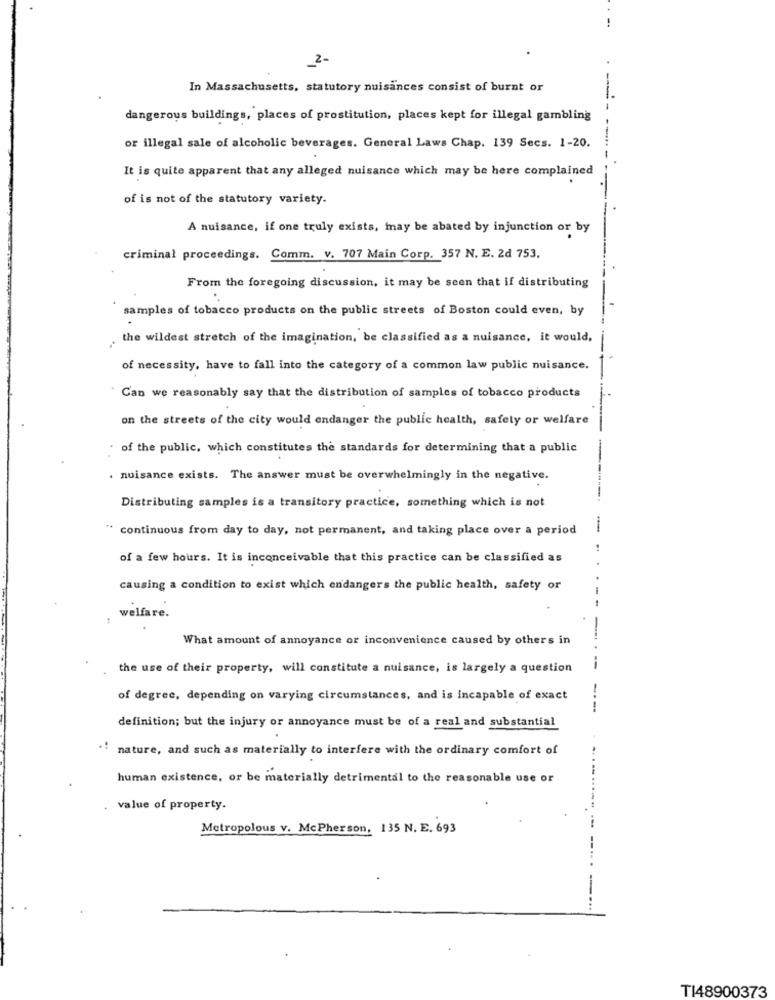
2-
In Massachusetts, statutory nuisances consist of burnt or
dangerous buildings, places of prostitution, places kept for illegal gambling
or illegal sale of alcoholic beverages. General Laws Chap. 139 Secs. 1-20.
---
It is quite apparent that any alleged nuisance which may be here complained
of is not of the statutory variety.
A nuisance, if one truly exists, may be abated by injunction or by
criminal proceedings. Comm. v. 707 Main Corp. 357 N. E. 2d 753.
From the foregoing discussion, it may be seen that if distributing
samples of tobacco products on the public streets of Boston could even, by
the wildest stretch of the imagination, be classified as a nuisance, it would,
of necessity, have to fall into the category of a common law public nuisance.
Can we reasonably say that the distribution of samples of tobacco products
on the streets of the city would endanger the public health, safety or welfare
of the public, which constitutes the standards for determining that a public
---
. nuisance exists. The answer must be overwhelmingly in the negative.
Distributing samples is a transitory practice, something which is not
continuous from day to day, not permanent, and taking place over a period
of a few hours. It is inconceivable that this practice can be classified as
causing a condition to exist which endangers the public health, safety or
:
welfare.
What amount of annoyance or inconvenience caused by others in
the use of their property, will constitute a nuisance, is largely a question
--
of degree, depending on varying circumstances, and is incapable of exact
---
definition; but the injury or annoyance must be of a real and substantial
"" nature, and such as materially to interfere with the ordinary comfort of
human existence, or be materially detrimental to the reasonable use or
value of property.
Metropolous v. McPherson, 135 N. E. 693
TI48900373